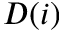
D ( i )